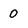
Character: 0